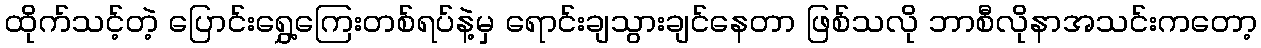
ထိုက်သင့်တဲ့ ပြောင်းရွှေ့ကြေးတစ်ရပ်နဲ့မှ ရောင်းချသွားချင်နေတာ ဖြစ်သလို ဘာစီလိုနာအသင်းကတော့